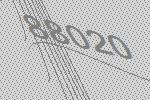
88020